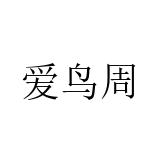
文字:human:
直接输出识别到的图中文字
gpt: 爱鸟周